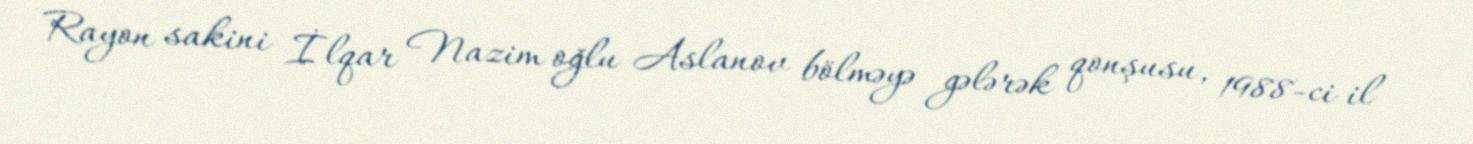
Rayon sakini İlqar Nazim oğlu Aslanov bölməyə gələrək qonşusu, 1988-ci il